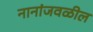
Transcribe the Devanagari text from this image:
नानांजवळील